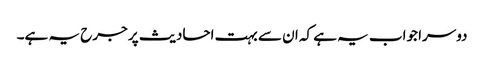
دوسرا جواب یہ ہے کہ ان سے بہت احادیث پر جرح یہ ہے۔